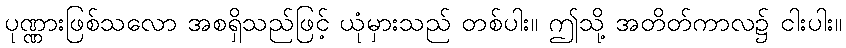
ပုဏ္ဏားဖြစ်သလော အစရှိသည်ဖြင့် ယုံမှားသည် တစ်ပါး။ ဤသို့ အတိတ်ကာလ၌ ငါးပါး။